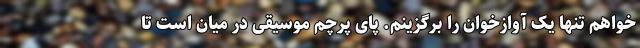
‌خواهم تنها یک آوازخوان را برگزینم. پای پرچم موسیقی در میان است تا